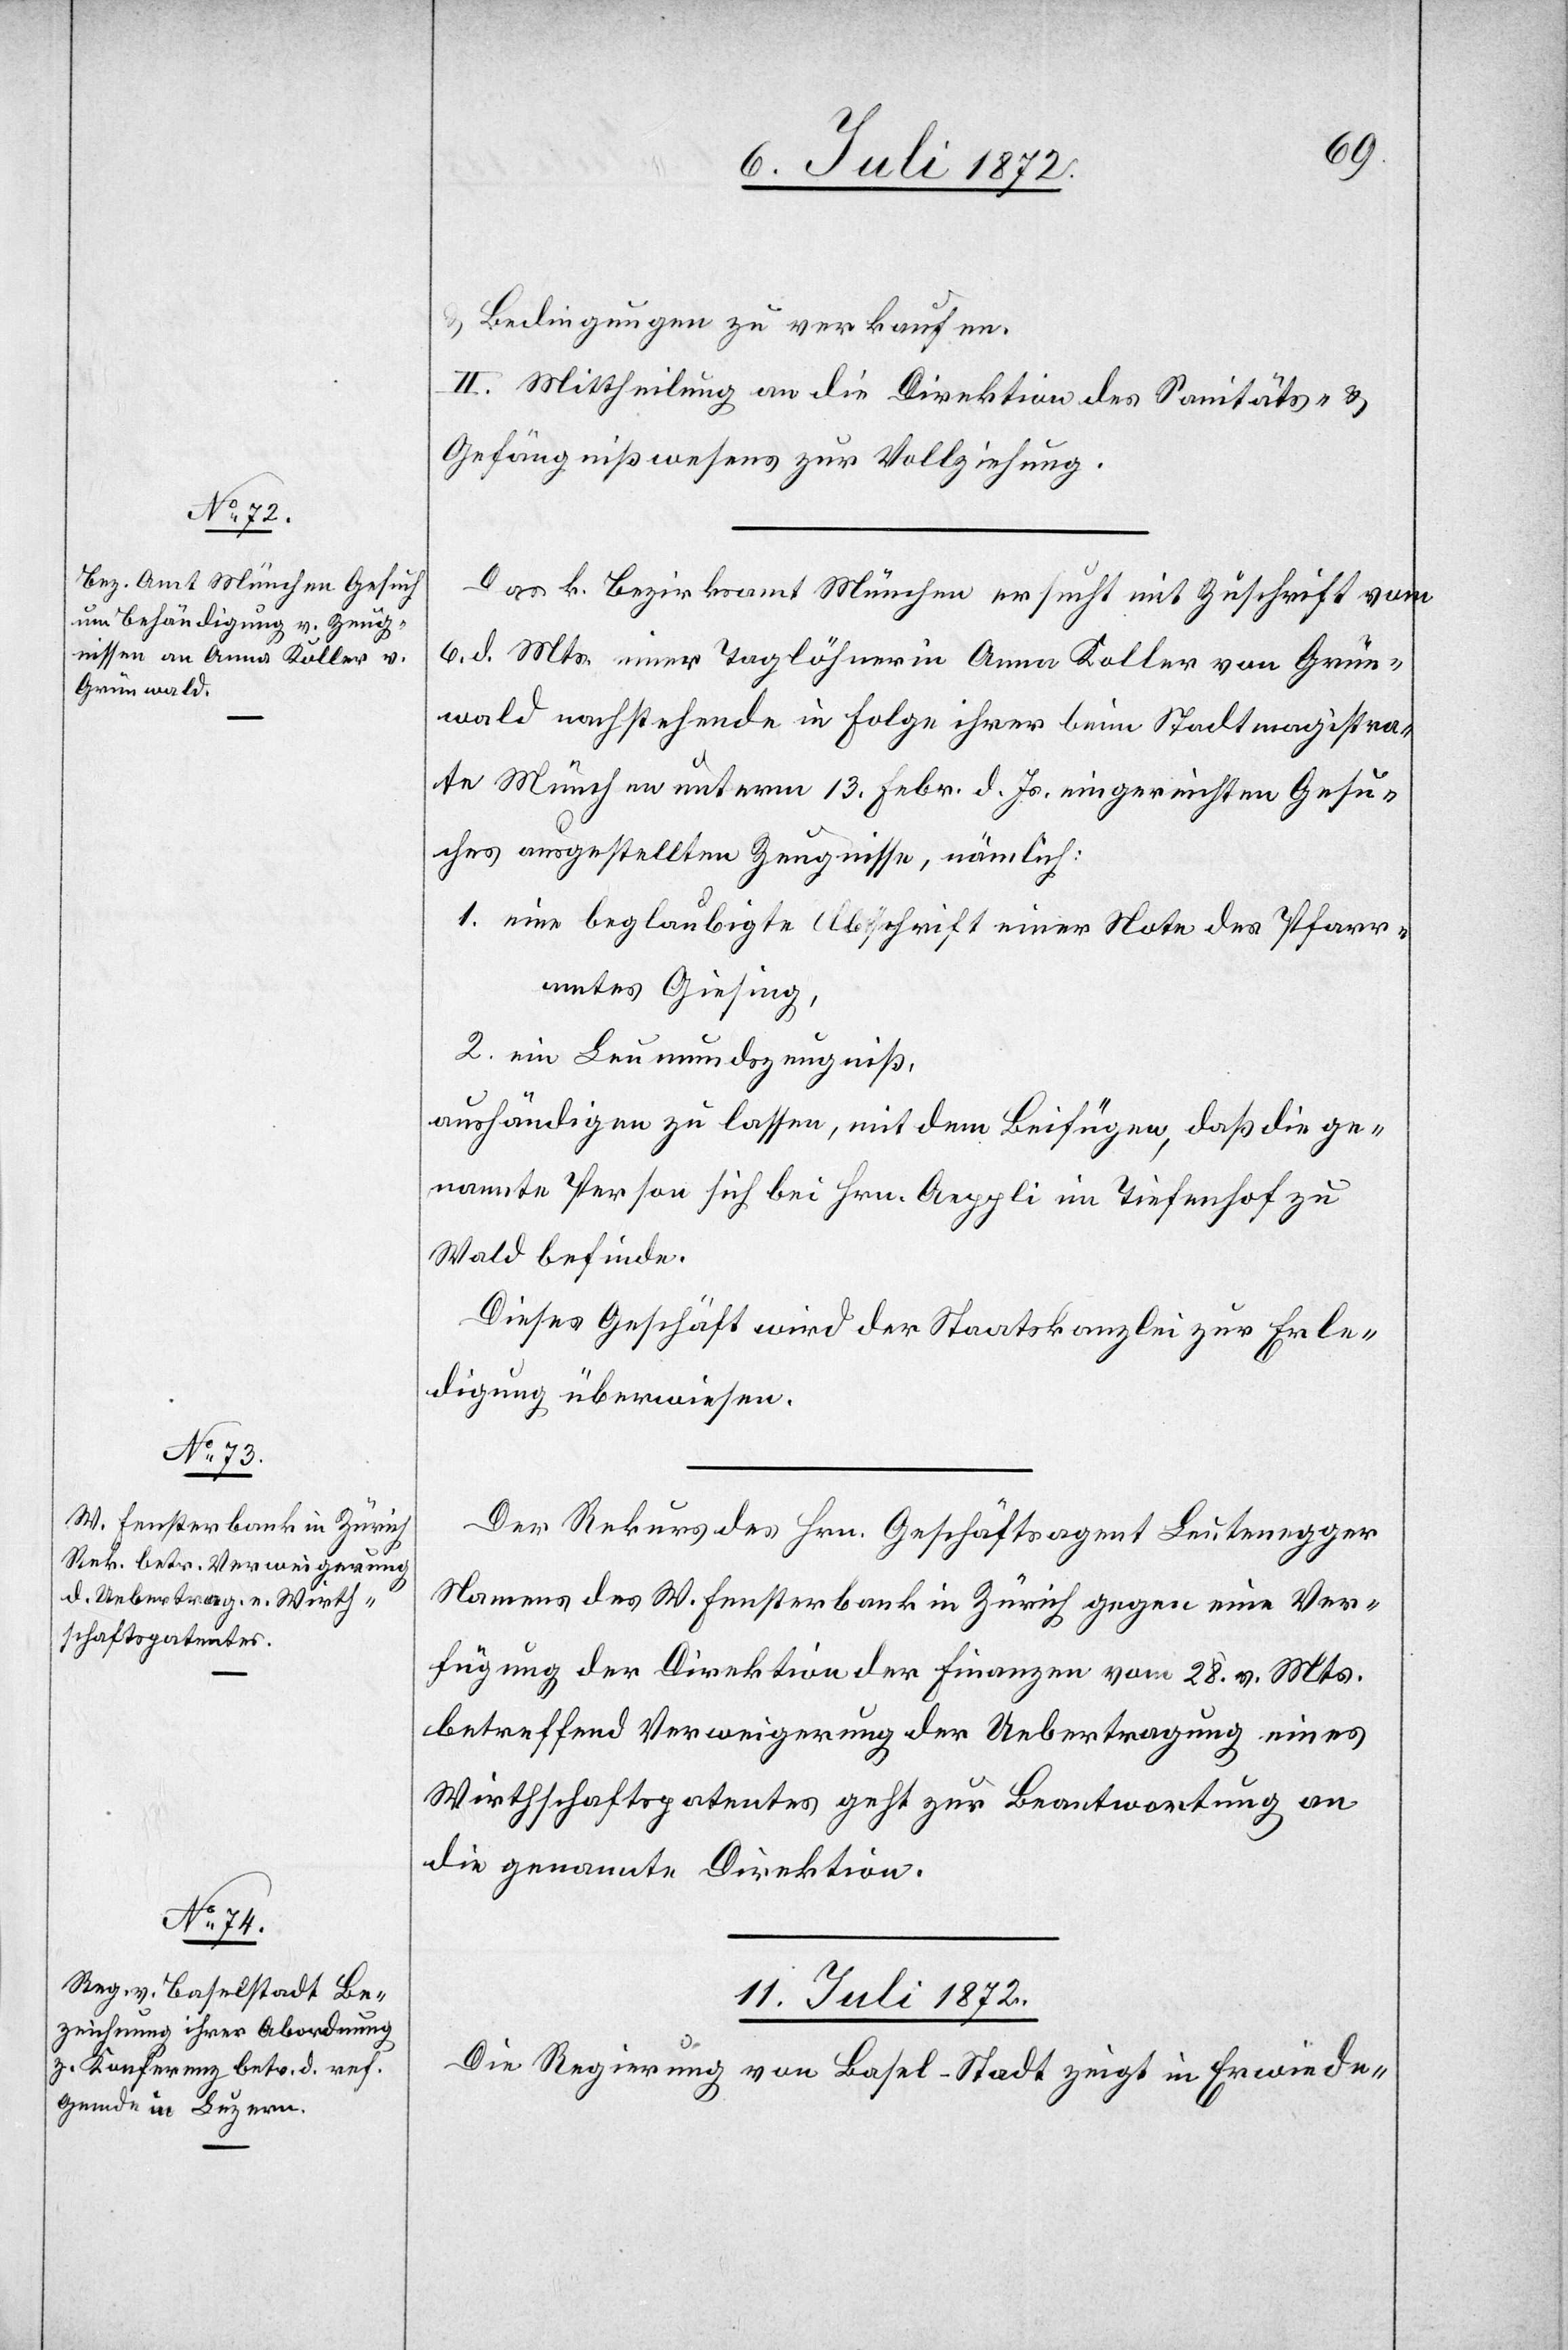
u. Bedingungen zu verkaufen.
II. Mittheilung an die Direktion des Sanitäts- u.
Gefängnißwesens zur Vollziehung.
Das k. Bezirksamt München ersucht mit Zuschrift vom
6. d. Mts. einer Taglöhnerin Anna Koller von Grün¬
wald nachstehende in Folge ihrer beim Stadtmagistra¬
te München unterm 13. Febr. d. Js. eingereichten Gesu¬
ches ausgestellten Zeugnisse, nämlich:
1. eine beglaubigte Abschrift einer Note des Pfarr¬
amtes Giesing,
2. ein Leumundszeugniß,
aushändigen zu lassen, mit dem Beifügen, daß die ge¬
nannte Person sich bei Hrn. Aeppli im Tiefenhof zu
Wald befinde.
Dieses Geschäft wird der Staatskanzlei zur Erle¬
digung überwiesen.
Der Rekurs des Hrn. Geschäftsagent Leutenegger
Namens des W. Fensterbank in Zürich gegen eine Ver¬
fügung der Direktion der Finanzen vom 28. v. Mts.
betreffend Verweigerung der Uebertragung eines
Wirthschaftspatentes geht zur Beantwortung an
die genannte Direktion.
11. Juli 1872.
Die Regierung von Basel-Stadt zeigt in Erwiede-